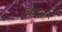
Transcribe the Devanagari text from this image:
सिध्दान्तों